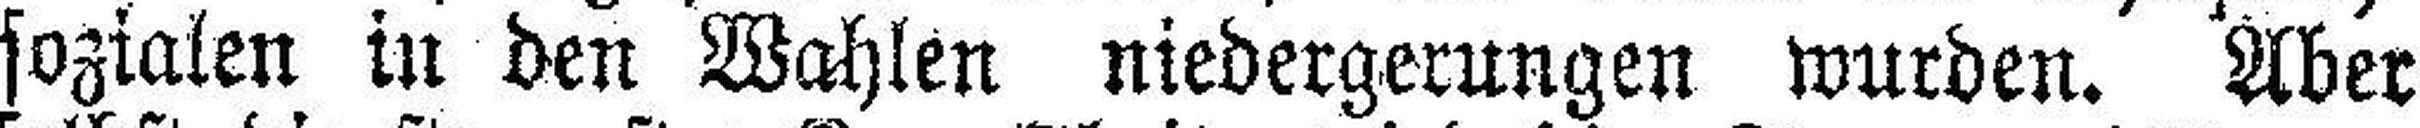
sozialen in den Wahlen niedergerungen wurden. Aber